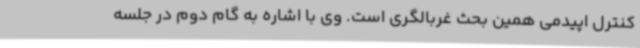
کنترل اپیدمی همین بحث غربالگری است. وی با اشاره به گام دوم در جلسه